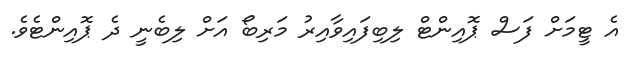
އެ ޓީމަށް ފަސް ޕޮއިންޓް ލިބިފައިވާއިރު މަރިބޯ އަށް ލިބެނީ ދެ ޕޮއިންޓެވެ.